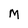
Character: M